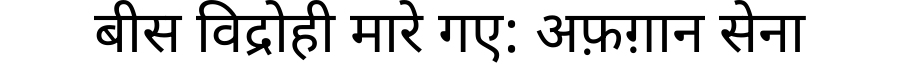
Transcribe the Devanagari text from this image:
बीस विद्रोही मारे गए: अफ़ग़ान सेना